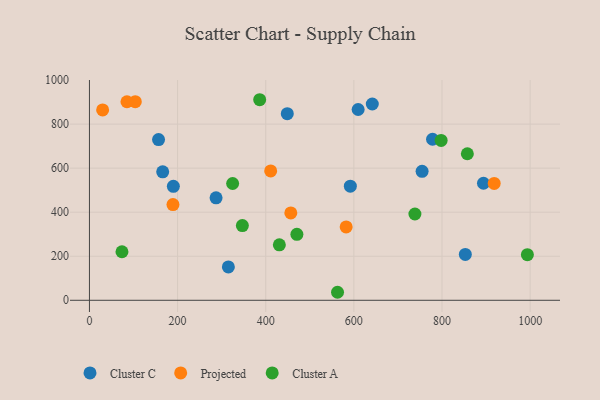
{"axis": {"x": "Ad Spend", "y": "Yield"}, "legend": ["Cluster A", "Cluster C", "Projected"], "data": [{"x": "852.9", "y": 208.2, "type": "Cluster C"}, {"x": "894.1", "y": 531.4, "type": "Cluster C"}, {"x": "190.4", "y": 517.6, "type": "Cluster C"}, {"x": "315.2", "y": 151.3, "type": "Cluster C"}, {"x": "641.8", "y": 891.4, "type": "Cluster C"}, {"x": "448.9", "y": 847.3, "type": "Cluster C"}, {"x": "609.7", "y": 866.3, "type": "Cluster C"}, {"x": "287.3", "y": 465.3, "type": "Cluster C"}, {"x": "778.5", "y": 731.4, "type": "Cluster C"}, {"x": "592.0", "y": 518.2, "type": "Cluster C"}, {"x": "156.8", "y": 729.7, "type": "Cluster C"}, {"x": "166.2", "y": 583.5, "type": "Cluster C"}, {"x": "754.8", "y": 585.6, "type": "Cluster C"}, {"x": "104.0", "y": 901.9, "type": "Projected"}, {"x": "85.1", "y": 901.5, "type": "Projected"}, {"x": "582.5", "y": 333.0, "type": "Projected"}, {"x": "29.9", "y": 864.7, "type": "Projected"}, {"x": "918.4", "y": 530.7, "type": "Projected"}, {"x": "411.2", "y": 587.6, "type": "Projected"}, {"x": "189.5", "y": 434.6, "type": "Projected"}, {"x": "456.9", "y": 396.7, "type": "Projected"}, {"x": "470.7", "y": 299.7, "type": "Cluster A"}, {"x": "993.7", "y": 207.0, "type": "Cluster A"}, {"x": "562.9", "y": 36.4, "type": "Cluster A"}, {"x": "738.5", "y": 391.8, "type": "Cluster A"}, {"x": "386.3", "y": 910.8, "type": "Cluster A"}, {"x": "430.9", "y": 251.8, "type": "Cluster A"}, {"x": "324.9", "y": 530.4, "type": "Cluster A"}, {"x": "73.8", "y": 220.5, "type": "Cluster A"}, {"x": "857.5", "y": 665.5, "type": "Cluster A"}, {"x": "347.0", "y": 339.4, "type": "Cluster A"}, {"x": "798.0", "y": 725.8, "type": "Cluster A"}]}